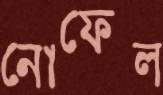
নোফেল